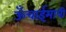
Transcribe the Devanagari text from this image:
ऊँचाईमापी